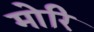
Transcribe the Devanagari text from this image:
मोरि